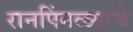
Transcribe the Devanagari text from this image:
रानपिंगळ्याचे